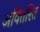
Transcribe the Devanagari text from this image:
अवितरित